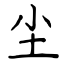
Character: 尘